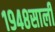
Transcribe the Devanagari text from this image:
१९४८साली